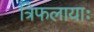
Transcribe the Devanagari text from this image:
त्रिफलायाः